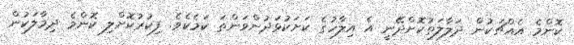
ކޮންމެ އެއްޗަކުން ދަލާލަތުކޮށްދޭނީ އެ އިލާހުގެ ކަށަކުޅަދުންވަންތަ ކަމެކެވެ. ފިކުރުކޮށްލި ކޮންމެ ދިމާލަކުން